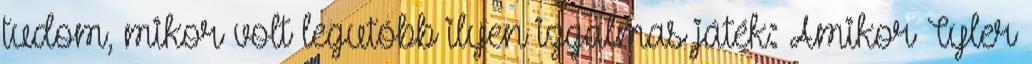
tudom, mikor volt legutóbb ilyen izgalmas játék: Amikor Tyler